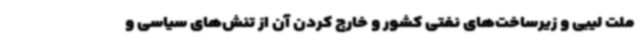
ملت لیبی و زیرساخت‌های نفتی کشور و خارج کردن آن از تنش‌های سیاسی و